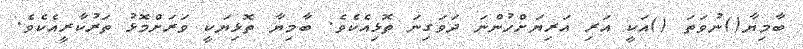
ބާމިޔާ()ނުވަތަ ()އަކީ އަރި އަރިޔަށްހުންނަ ދަވަގިނަ ތޮޅިއެކެވެ. ބާމިޔާ ތޮޅިޔަކީ ވަރަށްމޮޅު ތަރުކާރީއެކެވެ.